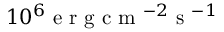
1 0 ^ { 6 } \mathrm { ~ e ~ r ~ g ~ c ~ m ~ } ^ { - 2 } \mathrm { ~ s ~ } ^ { - 1 }